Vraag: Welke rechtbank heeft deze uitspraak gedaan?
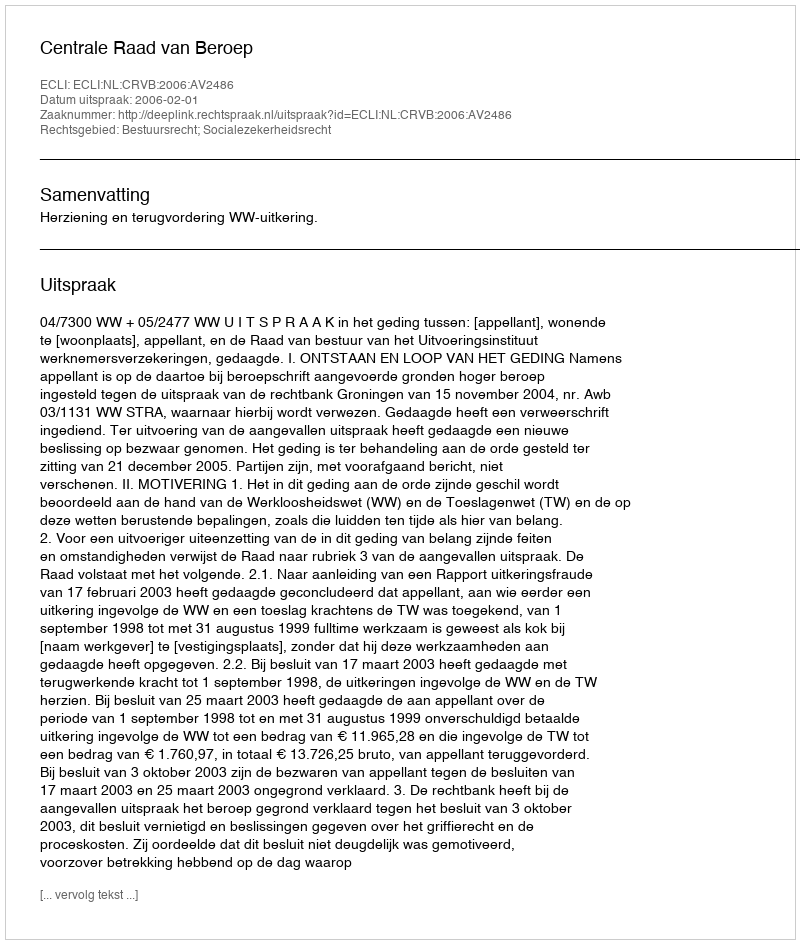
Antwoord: Centrale Raad van Beroep